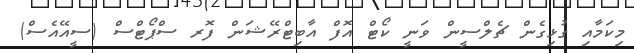
މިކަމާއި ގުޅިގެން ޗެލްސީން ވަނީ ކޯޓް އޮފް އާބިޓްރޭޝަން ފޮރ ސްޕޯޓްސް (ސީއޭއެސް)